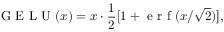
\mathrm { ~ G ~ E ~ L ~ U ~ } ( x ) = x \cdot \frac { 1 } { 2 } [ 1 + \mathrm { ~ e ~ r ~ f ~ } ( x / \sqrt { 2 } ) ] ,